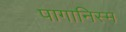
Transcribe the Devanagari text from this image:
पागानिस्म